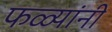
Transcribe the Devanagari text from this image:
फळ्यांनी